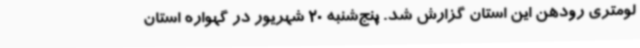
لومتری رودهن این استان گزارش شد. پنج‌شنبه 20 شهریور در گهواره استان